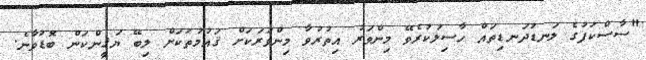
"ސާސްކަފުގެ ލަނޑުދަނޑިތައް ހާސިލުކުރެވޭ މިންވަރު އިތުރުވާ މިންވަރަކަށް ޤައުމުތަކަށް ލިބޭ ޔަޤީންކަން ބޮޑުވާނެ.